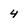
Character: 4